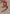
Text: 3